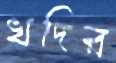
খদির